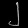
Digit: ၂